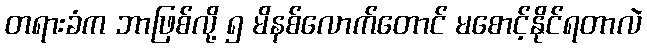
တရားခံက ဘာဖြစ်လို့ ၅ မိနစ်လောက်တောင် မစောင့်နိုင်ရတာလဲ